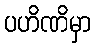
ပဟိဏိမှာ